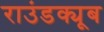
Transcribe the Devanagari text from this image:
राउंडक्यूब